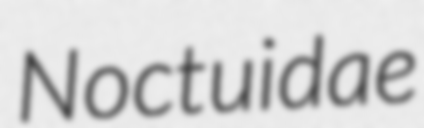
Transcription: Noctuidae